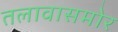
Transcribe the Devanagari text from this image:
तलावासमोर